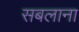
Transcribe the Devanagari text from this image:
सबलाना